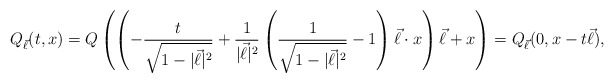
\begin{align*} Q_{\vec \ell} (t,x) = Q \left (\left ( -\frac{t}{\sqrt{1 - |\vec \ell|^2}} + \frac{1}{|\vec \ell|^2} \left ( \frac{1}{\sqrt{1 - |\vec \ell|^2}} - 1 \right )\vec \ell \cdot x\right ) \vec \ell + x\right )= Q_{\vec \ell}(0, x - t\vec \ell),\end{align*}